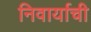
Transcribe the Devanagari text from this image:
निवार्याची